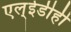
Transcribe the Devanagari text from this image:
एल्‌ईडीही